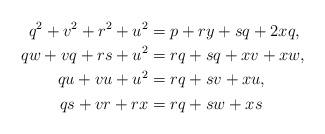
LaTeX: \begin{align*}q^2 + v^2 + r^2 + u^2 &= p + ry + sq + 2xq,\\qw + vq + rs + u^2 &= rq + sq + xv + xw,\\qu + vu + u^2 &= rq + sv + xu,\\qs + vr + rx &= rq + sw + xs\end{align*}